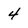
Character: 4